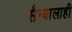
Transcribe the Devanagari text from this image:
सैन्यालाही